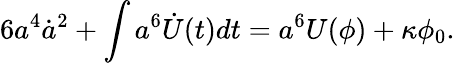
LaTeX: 6a^{4}\dot{a}^{2}+\int a^{6}\dot{U}(t)dt=a^{6}U(\phi)+\kappa\phi_{0}.